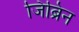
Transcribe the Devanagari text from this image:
जिब्रिन